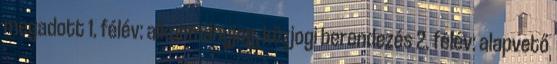
megadott 1. félév: alkotmányjog, közjogi berendezés 2. félév: alapvető